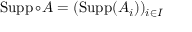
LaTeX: \operatorname { S u p p } \circ A = ( \operatorname { S u p p } ( A _ { i } ) ) _ { i \in { I } }